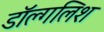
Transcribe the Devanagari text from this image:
डॉल्गलिश